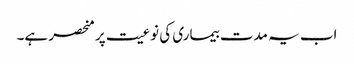
اب یہ مدت بیماری کی نوعیت پر منحصر ہے۔